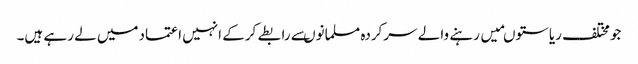
جومختلف ریاستوںمیں رہنے والے سرکردہ مسلمانوںسے رابطے کرکے انہیں اعتمادمیں لے رہے ہیں۔